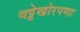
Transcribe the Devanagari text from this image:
थट्टेखोरपणा